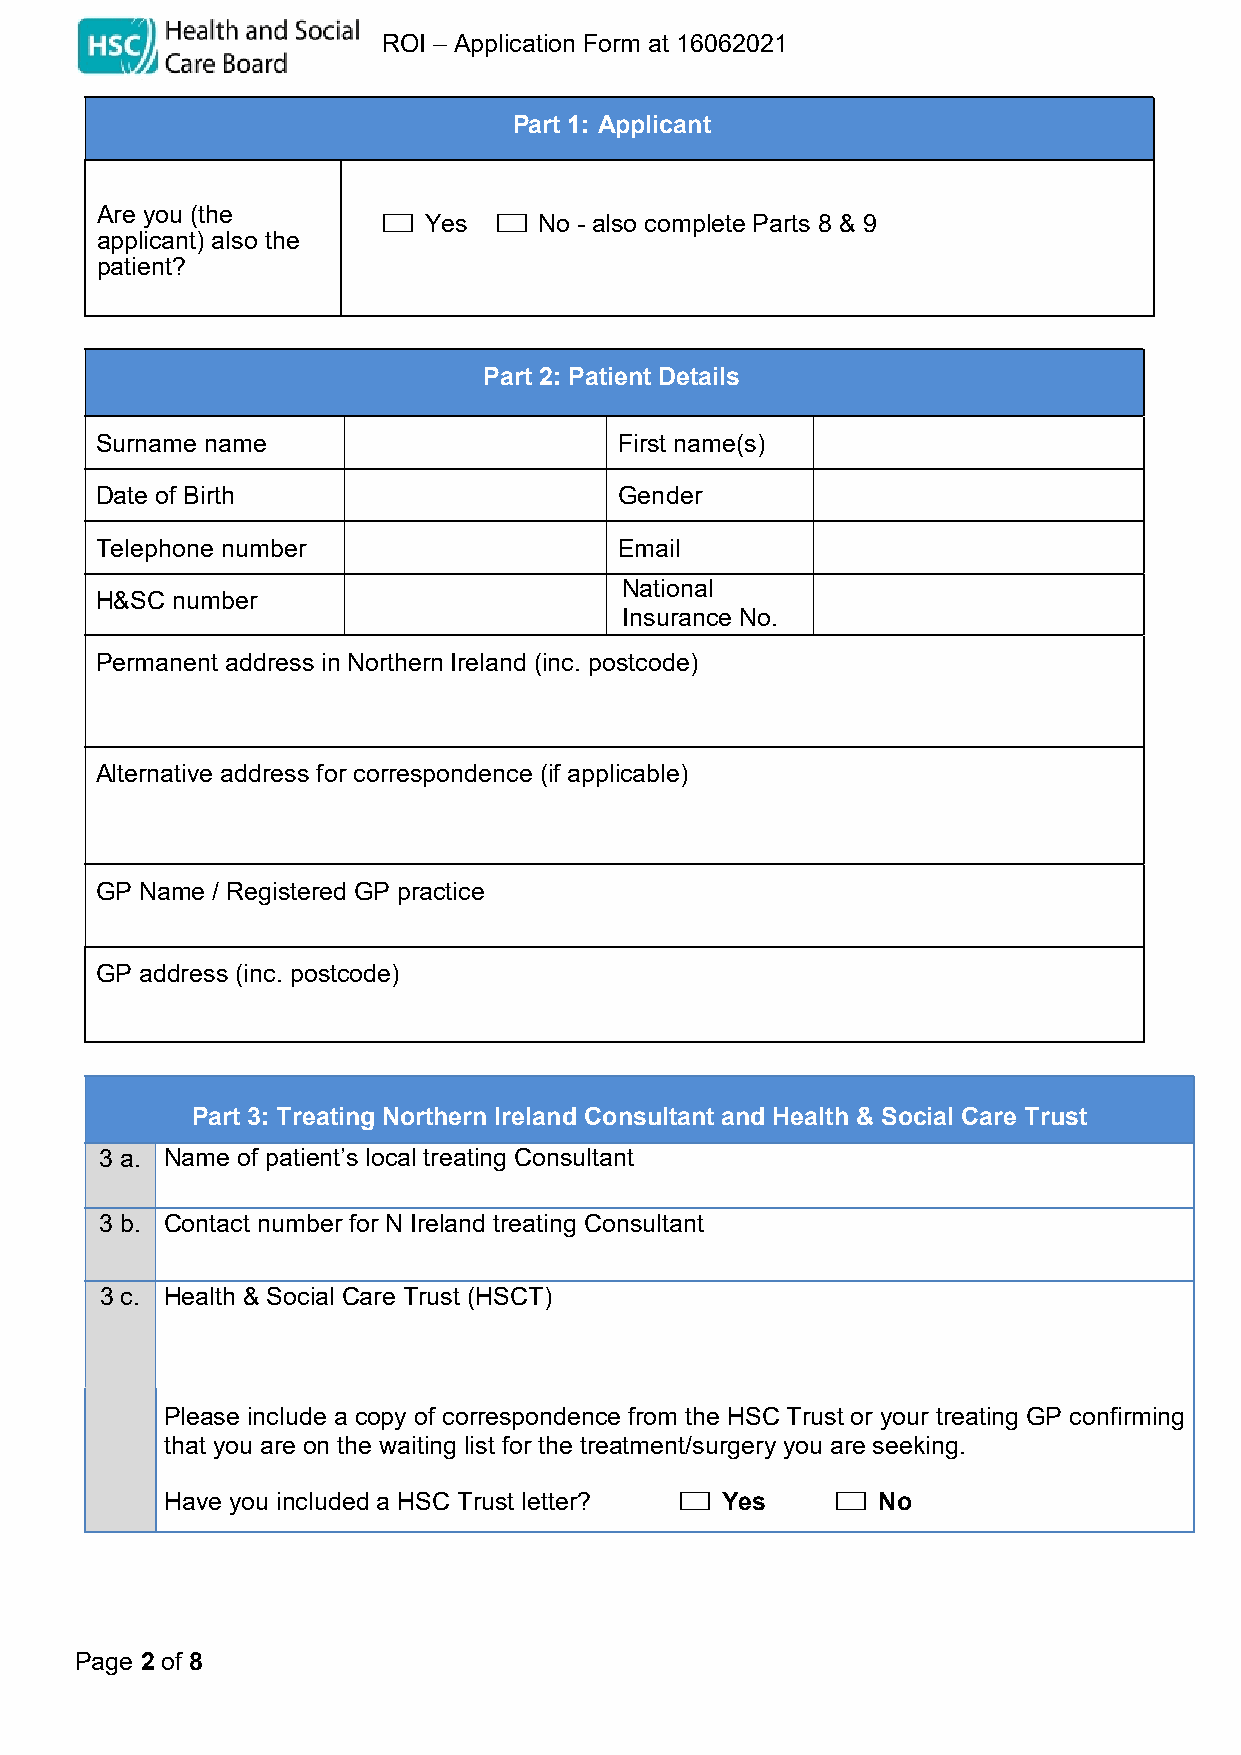
Funding for treatment in ROI – Application Form at 16062021
 Part 1: Applicant
 Are you (the
 ☐  Yes  ☐  No - also complete Parts 8 & 9
 applicant) also the
 patient?
 Confirmation of the Applicant
 Part 2: Patient Details
 Surname name                       First name(s)
 Date of Birth                      Gender
 Telephone number                   Email
 National
 H&SC number
 Insurance No.
 Permanent address in Northern Ireland (inc. postcode)
 Alternative address for correspondence (if applicable)
 GP Name / Registered GP practice
 GP address (inc. postcode)
 Part 3: Treating Northern Ireland Consultant and Health & Social Care Trust
 3 a. Name of patient’s local treating Consultant
 3 b. Contact number for N Ireland treating Consultant
 3 c. Health & Social Care Trust (HSCT)
 Please include a copy of correspondence from the HSC Trust or your treating GP confirming
 that you are on the waiting list for the treatment/surgery you are seeking.
 Have you included a HSC Trust letter? ☐ Yes ☐  No
 Page 2 of 8